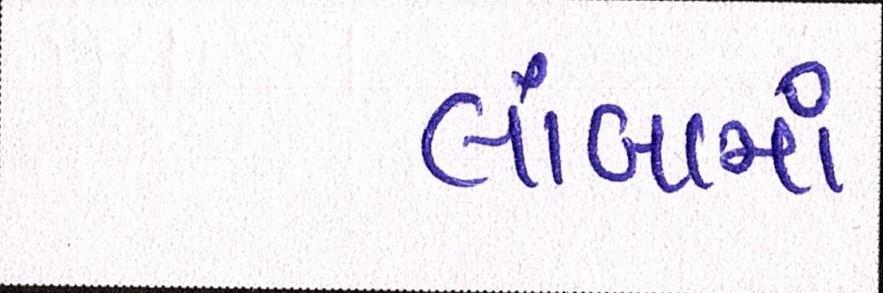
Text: લાંબામાં